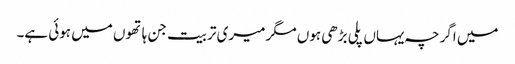
میں اگرچہ یہاں پلی بڑھی ہوں مگر میری تربیت جن ہاتھوں میں ہوئی ہے۔